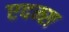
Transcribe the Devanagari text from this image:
एदम्स